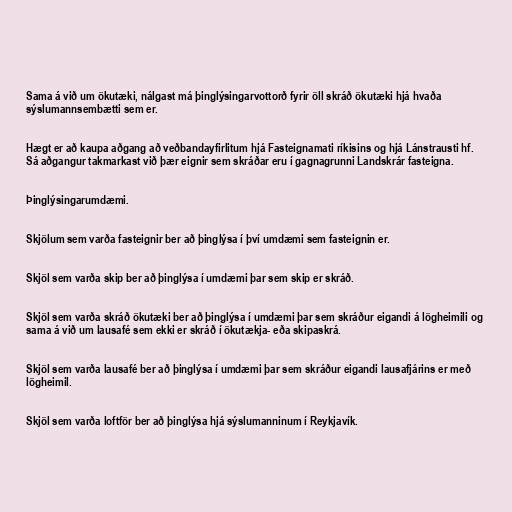
Sama á við um ökutæki, nálgast má þinglýsingarvottorð fyrir öll skráð ökutæki hjá hvaða
sýslumannsembætti sem er.

Hægt er að kaupa aðgang að veðbandayfirlitum hjá Fasteignamati ríkisins og hjá Lánstrausti hf.
Sá aðgangur takmarkast við þær eignir sem skráðar eru í gagnagrunni Landskrár fasteigna.

Þinglýsingarumdæmi.

Skjölum sem varða fasteignir ber að þinglýsa í því umdæmi sem fasteignin er.

Skjöl sem varða skip ber að þinglýsa í umdæmi þar sem skip er skráð.

Skjöl sem varða skráð ökutæki ber að þinglýsa í umdæmi þar sem skráður eigandi á lögheimili og
sama á við um lausafé sem ekki er skráð í ökutækja- eða skipaskrá.

Skjöl sem varða lausafé ber að þinglýsa í umdæmi þar sem skráður eigandi lausafjárins er með
lögheimil.

Skjöl sem varða loftför ber að þinglýsa hjá sýslumanninum í Reykjavík.